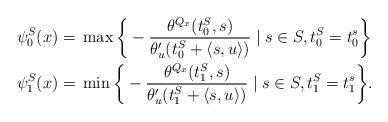
LaTeX: \begin{align*}\psi_0^S(x) ={} & \max \bigg\{ -\frac{\theta^{Q_x} (t_0^S,s) }{\theta_u' (t_0^S+\langle s,u\rangle)} \mid s \in S, t_0^S=t_0^s\bigg\}\\\psi_1^S(x) ={} & \min \bigg\{ -\frac{\theta^{Q_x} (t_1^S,s)}{ \theta_u '(t_1^S+\langle s,u\rangle )} \mid s \in S, t_1^S=t_1^s\bigg\}.\end{align*}